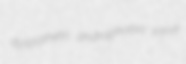
dyspathetic androphobia varve